Annual report on the Civil Veterinary Department, Burma (including the Insein Veterinary School) - 1923-1931
Year: 1923
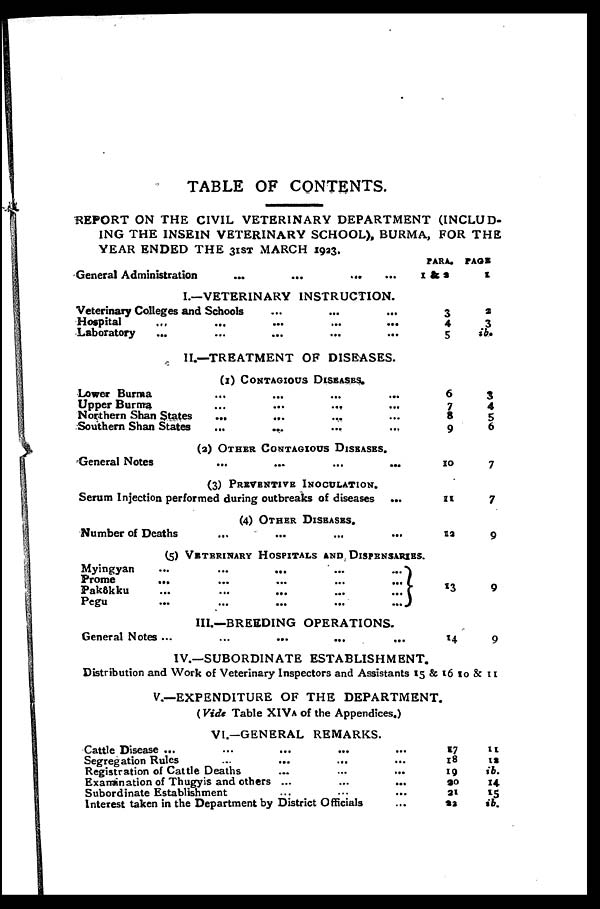
TABLE OF CONTENTS.
REPORT ON THE CIVIL VETERINARY DEPARTMENT (INCLUD-
ING THE INSE1N VETERINARY SCHOOL), BURMA, FOR THE
YEAR ENDED THE 31st MARCH 1933.
General Administration
...
...
...
...
I.—VETERINARY INSTRUCTION.
Veterinary Colleges and Schools ... ... ...
Hospital ... ... ... ... ...
Laboratory ... ... ... ... ...
II.—TREATMENT OF DISEASES.
(1) Contagious Diseases.
Lower Burma ... ... ... ...
Upper Burma
...
...
... ...
Northern Shan States
... ... ... ...
Southern Shan States ... ... ... ...
(3) Other Contagious Diseases.
General Notes
...
...
...
...
(3) Preventive Inoculation.
Serum Injection performed during outbreaks of d ...
(4) Other Diseases.
Number of Deaths ... ... ... ... ...
(5) Veterinary Hospitals and Dispensaries.
Myingyan
...
...
...
...
...
Prome
...
...
...
...
...
Pak6kku
...
...
...
...
...
Pegu
...
...
...
...
...
III.—BREEDING OPERATIONS.
General Notes ...
...
...
...
...
PARA.
1 & 2
3
4
5
6
7
8
9
10
11
12
13
14
PAGE
1
2
3
ib.
3 4
5
6
7
7
9
9
9
IV.—SUBORDINATE ESTABLISHMENT.
Distribution and Work of Veterinary Inspectors and Assistants 15 & 16 10 & 11
V.—EXPENDITURE OF THE DEPARTMENT.
(Vide Table XIV, of the Appendices.)
VI.—GENERAL REMARKS.
Cattle Disease ... ...
Segregation Rules ...
Registration of Cattle Deaths
Examination of Thugyis and others
Subordinate Establishment
...
...
...
...
...
...
...
...
...
Interest taken in the Department by District Officials
...
...
...
...
...
...
17
18
19
90
21
22
11
12
ib.
14
15
ib.